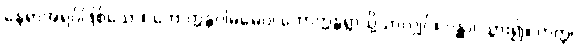
နေရာအရပ်ဖြစ်သော။ ဘောက္ကန္တဂါမမေဝ၊ ဘောက္ကန္တရွာသို့သာလျှင်။ ဂန္တွာ၊ သွား၍။ တတ္ထ၊